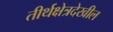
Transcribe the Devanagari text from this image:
तीर्थक्षेत्रदेखील